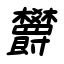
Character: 欝